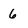
Character: 6